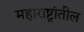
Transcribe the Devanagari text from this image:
महाराष्ट्रांतील